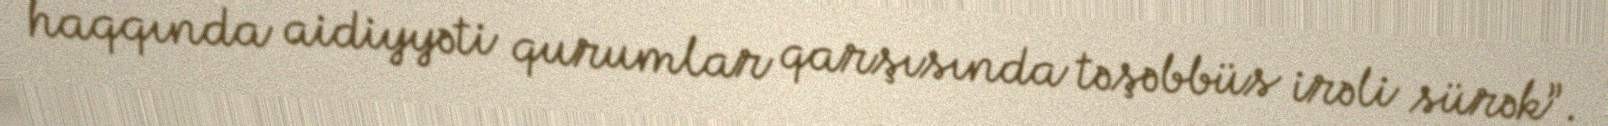
haqqında aidiyyəti qurumlar qarşısında təşəbbüs irəli sürək”.